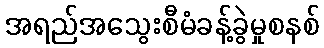
အရည်အသွေးစီမံခန့်ခွဲမှုစနစ်